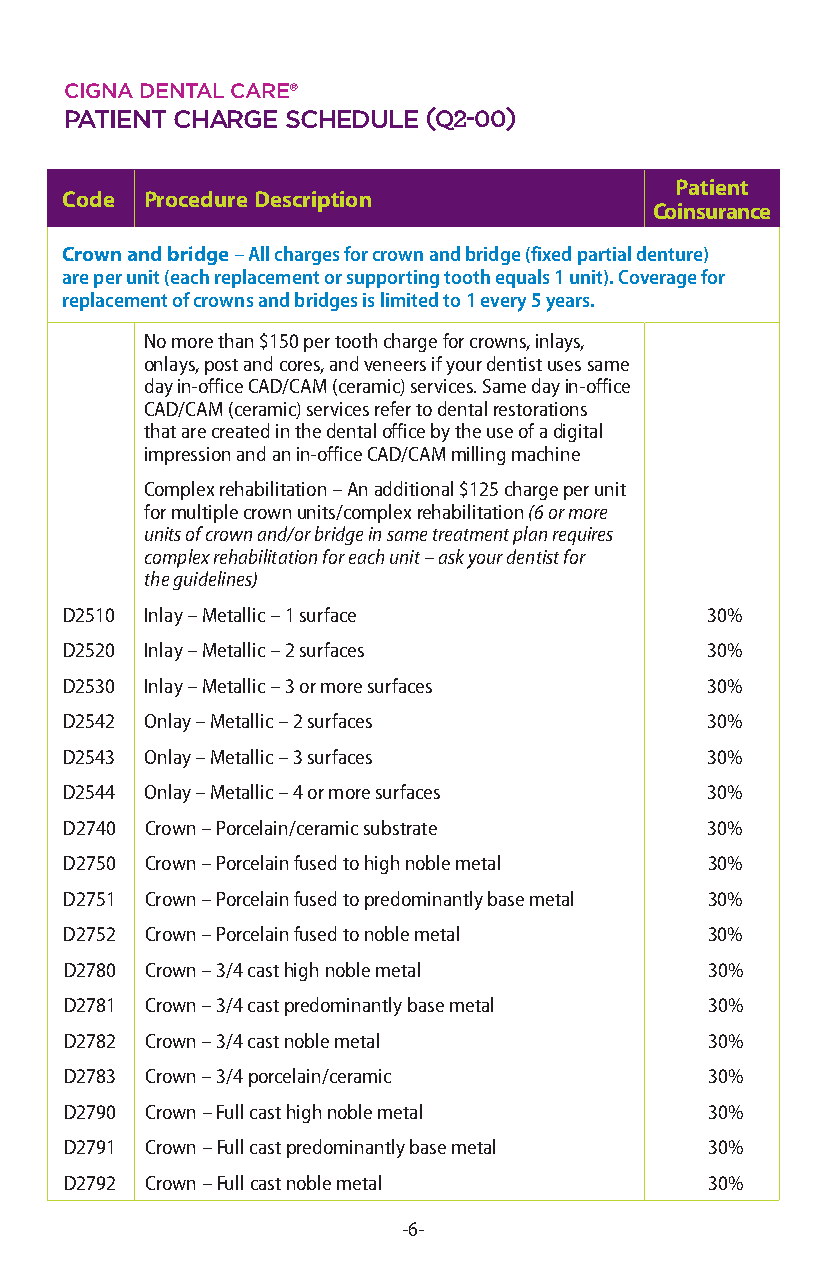
cigna dental care®
 patient cHarge scHedule(Q2-00)
 Patient
 Code  Procedure Description
 Coinsurance
 Crown and bridge – All charges for crown and bridge (fixed partial denture)
 are per unit (each replacement or supporting tooth equals 1 unit). Coverage for
 replacement of crowns and bridges is limited to 1 every 5 years.
 No more than $150 per tooth charge for crowns, inlays,
 onlays, post and cores, and veneers if your dentist uses same
 day in-office CAD/CAM (ceramic) services. Same day in-office
 CAD/CAM (ceramic) services refer to dental restorations
 that are created in the dental office by the use of a digital
 impression and an in-office CAD/CAM milling machine
 Complex rehabilitation – An additional $125 charge per unit
 for multiple crown units/complex rehabilitation (6 or more
 units of crown and/or bridge in same treatment plan requires
 complex rehabilitation for each unit – ask your dentist for
 the guidelines)
 D2510 Inlay – Metallic – 1 surface         30%
 D2520 Inlay – Metallic – 2 surfaces        30%
 D2530 Inlay – Metallic – 3 or more surfaces 30%
 D2542 Onlay – Metallic – 2 surfaces        30%
 D2543 Onlay – Metallic – 3 surfaces        30%
 D2544 Onlay – Metallic – 4 or more surfaces 30%
 D2740 Crown – Porcelain/ceramic substrate  30%
 D2750 Crown – Porcelain fused to high noble metal 30%
 D2751 Crown – Porcelain fused to predominantly base metal 30%
 D2752 Crown – Porcelain fused to noble metal 30%
 D2780 Crown – 3/4 cast high noble metal    30%
 D2781 Crown – 3/4 cast predominantly base metal 30%
 D2782 Crown – 3/4 cast noble metal         30%
 D2783 Crown – 3/4 porcelain/ceramic        30%
 D2790 Crown – Full cast high noble metal   30%
 D2791 Crown – Full cast predominantly base metal 30%
 D2792 Crown – Full cast noble metal        30%
 -6-